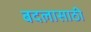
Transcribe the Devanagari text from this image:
बदलासाठी